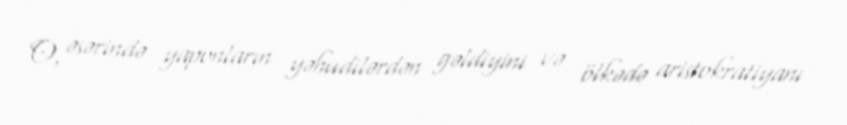
O, əsərində yaponların yəhudilərdən gəldiyini və ölkədə aristokratiyanı